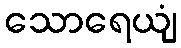
သောရေယျံ